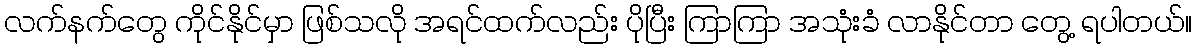
လက်နက်တွေ ကိုင်နိုင်မှာ ဖြစ်သလို အရင်ထက်လည်း ပိုပြီး ကြာကြာ အသုံးခံ လာနိုင်တာ တွေ့ ရပါတယ်။